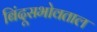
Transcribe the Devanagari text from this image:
बिंदूसभोवताल